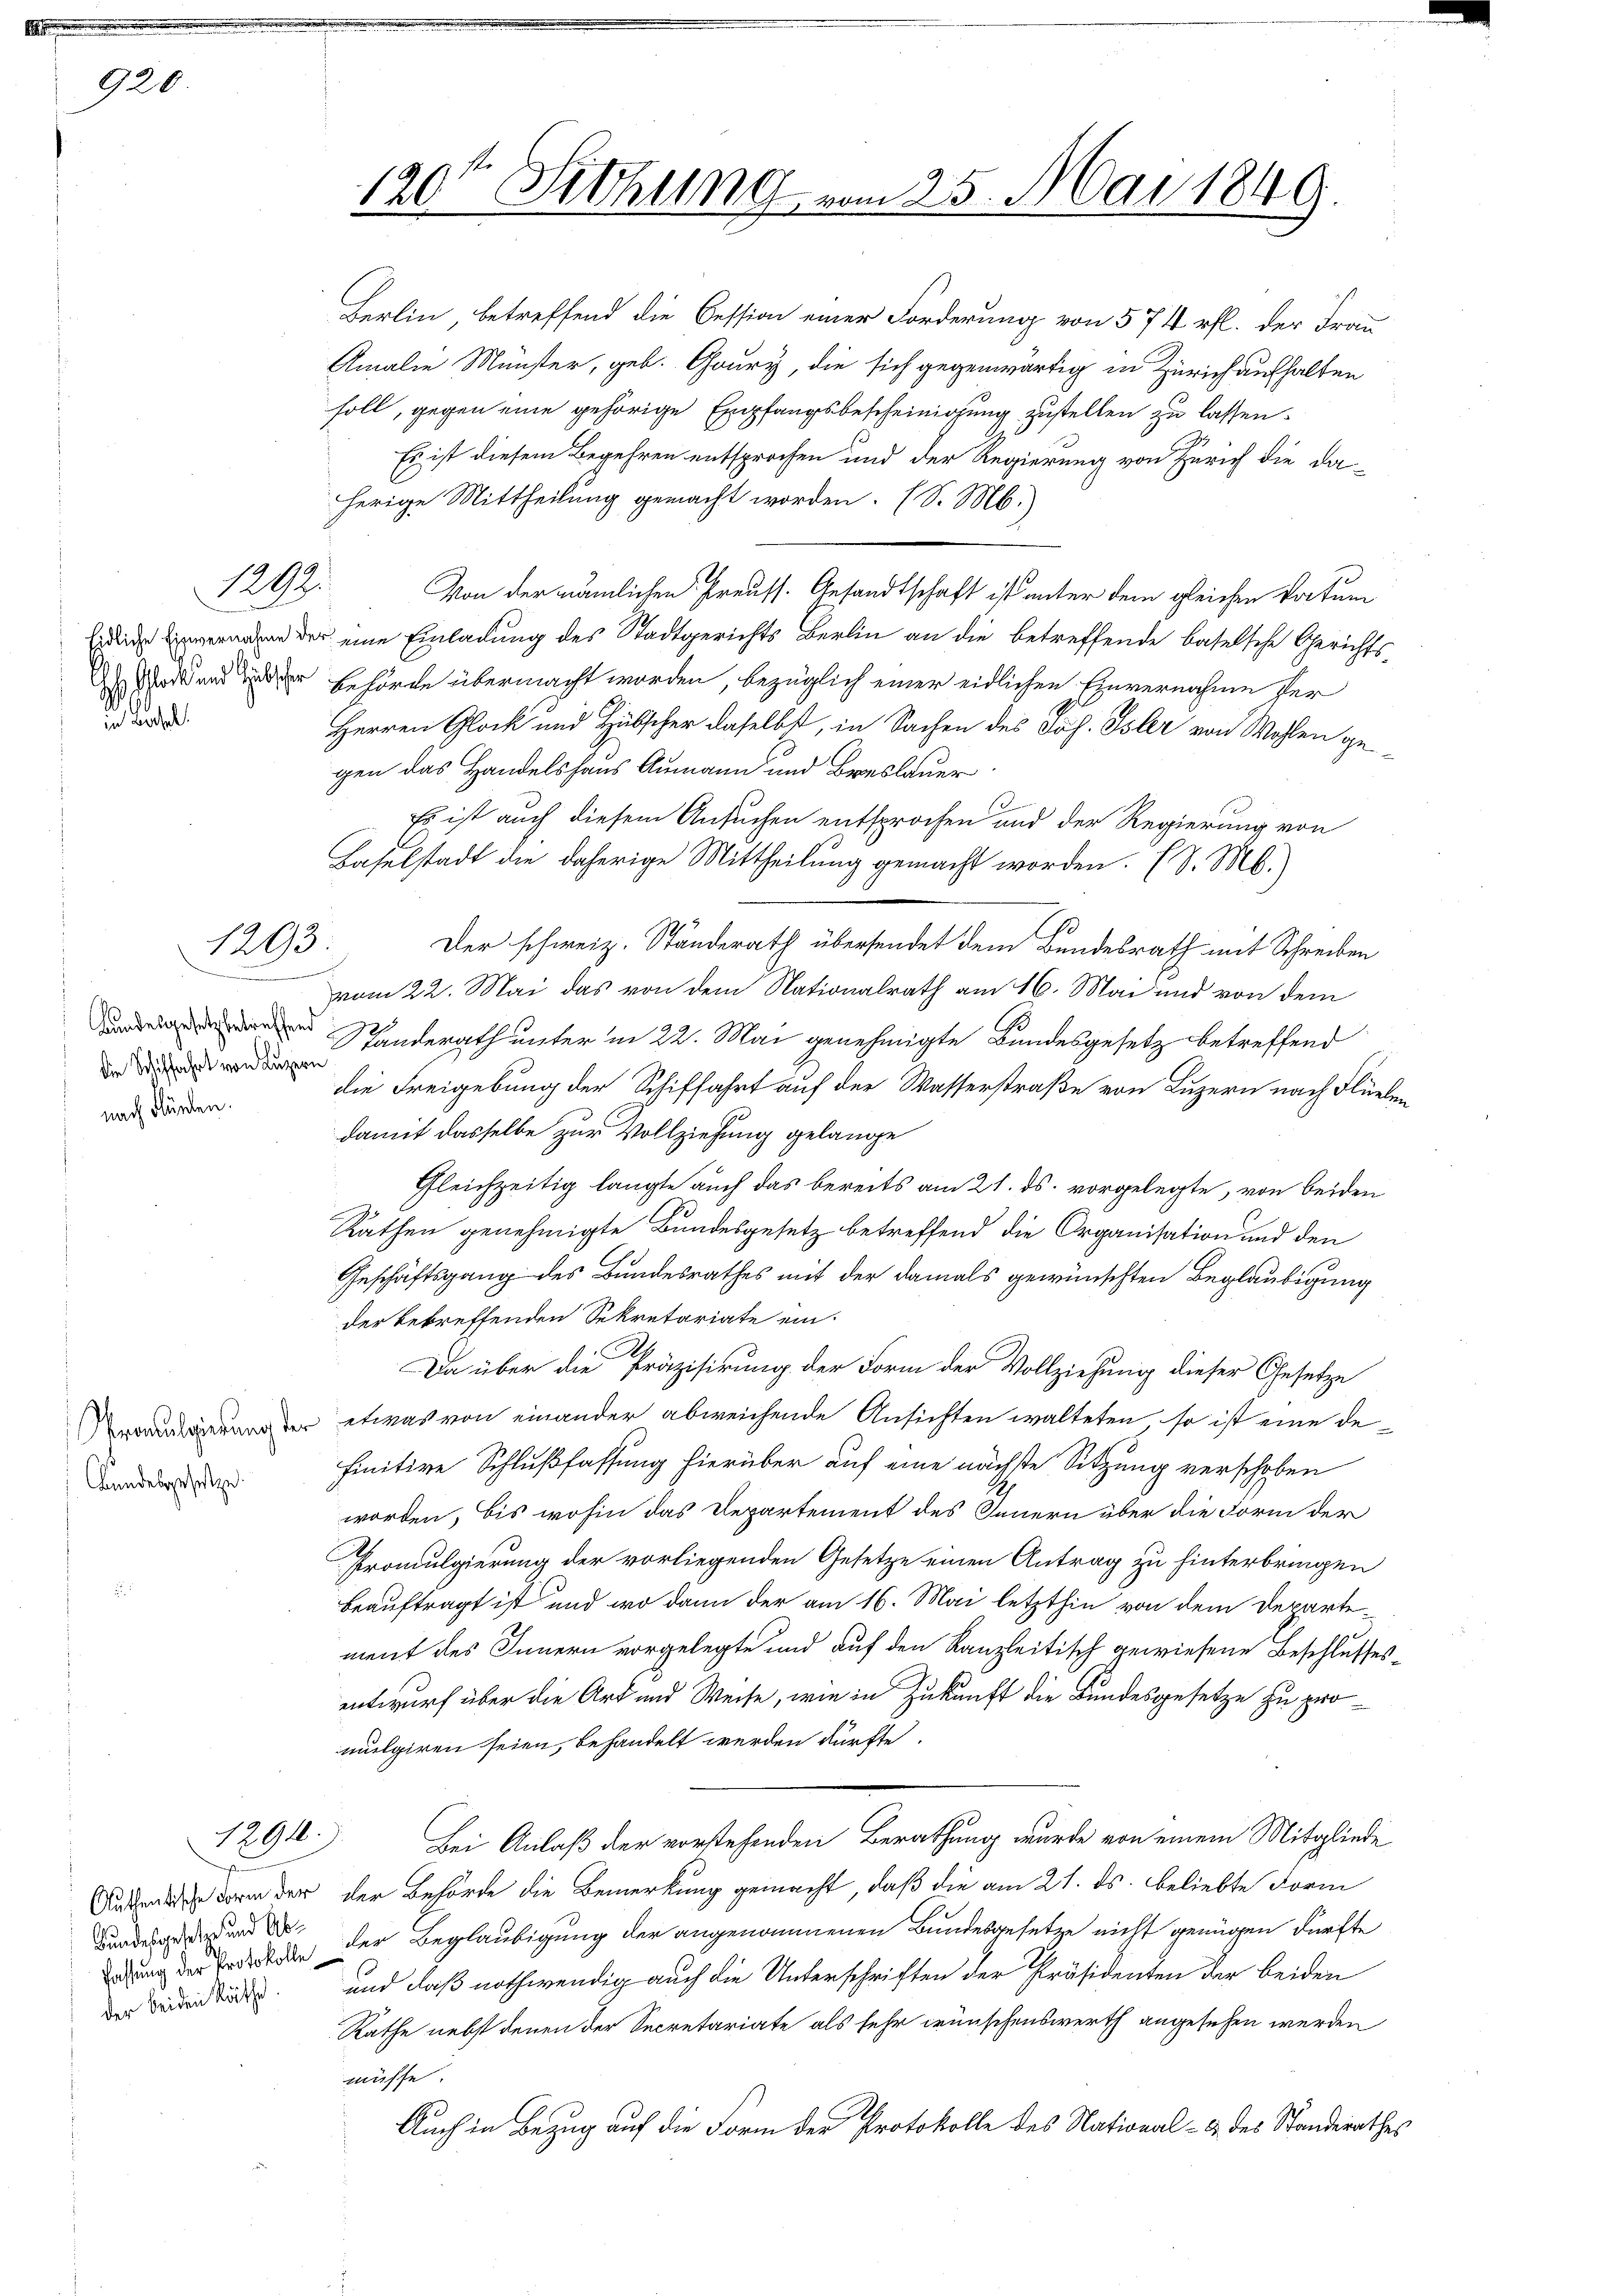
920

Eidliche Einvernahme der
 Glatt und Gutsher
in Basel.

ranulgierung der
Bundesgesetze

1292.

1203

.
Bundesgesetzbetreffend
die Schiffahrt von Luzern
nach düncken.

1291.

Aufsentische Form der
Bundesgesehen und Abfassung der Protokolle
der beiden Räthe

120te Sitzung vom 25. Mai 1849.

Berlin, betreffend die Cession einer Forderung von 574 rfl. der Frau
Amalie Münster, geb. Goury, die sich gegenwärtig in Zürich aufhalten
soll, gegen eine gehörige Empfangsbescheinigung zustellen zu lassen.
Es ist diesem Begehren entsprochen und der Regierung von Zürich die da-
herige Mittheilung gemacht worden. (S. M.)
Von der nämlichen Preuss. Gesandtschaft ist unter dem gleichen Datum
eine Einladung des Stadtgerichts Berlin an die betreffende baselsche Gerichtsbehörde übermacht worden, bezüglich einer eidlichen Einvernahme ver¬
Herren Glock und Hübscher daselbst, in Sachen des Joh. Isler von Wohlen ge
gen das Handelshaus Aumann und Breslauer
Es ist auch diesem Ansuchen entsprochen und der Regierung von
Baselstadt die daherige Mittheilung gemacht worden. (v. M.)
Der schweiz. Ständerath übersendet dem Bundesrath mit Schreiben
vom 22. Mai das von dem Nationalrath am 16. Mai und von dem
.
Standerath unter in 22. Mai genehmigte Bundesgesetz betreffend
die Freigebung der Schiffahrt auf der Wasserstraße von Luzern nach Flüelen
damit dasselbe zur Vollziehung gelange
Gleichzeitig langte auch das bereits am 21. ds. vorgelegte, von beiden
Rathen genehmigte Bundesgesetz betreffend die Organisation und den
Geschäftsgang des Bundesrathes mit der damals gewünschten Beglaubigung
der betreffenden Sekretariate ein.
Da über die Präzisirung der Form der Vollziehung dieser Gesetze
etwas von einander abweichende Ansichten walteten, so ist eine de
finitive Schlußfassung hierüber auf eine nächste Sitzung verschoben
worden, bis wohin das Departement des Innern über die Form der
Promulgierung der vorliegenden Gesetze einen Antrag zu hinterbringen
beauftragt ist und wo dann der am 16. Mai letzthin von dem Departement des Innern vorgelegte und auf den Kanzleitisch gewiesene Beschlusses-
entwurf über die Art und Weise, wie in Zukunft die Bundesgesetze zu promulgiren seien, behandelt werden dürfte.
J.
Bei Anlaß der vorstehenden Berathung wurde von einem Mitgliede
der Behörde die Bemerkung gemacht, daß die am 21. ds. beliebte Form
der Beglaubigung der angenommenen Bundesgesetze nicht genügen dürfte
und daß nothwendig auch die Unterschriften der Präsidenten der beiden
Rathe nebst denen der Secretariate als sehr wünschenswerth angesehen werden
müsse.
Auch in Bezug auf die Form der Protokolle des National- & des Standerathes